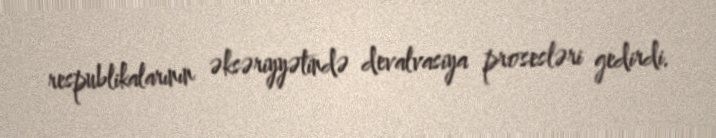
respublikalarının əksəriyyətində devalvasiya prosesləri gedirdi.